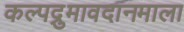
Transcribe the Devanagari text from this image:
कल्पद्रुमावदानमाला